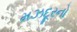
મઝદૂરનો